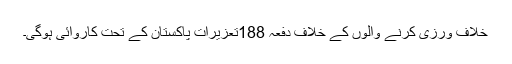
خلاف ورزی کرنے والوں کے خلاف دفعہ 188تعزیرات پاکستان کے تحت کاروائی ہوگی۔